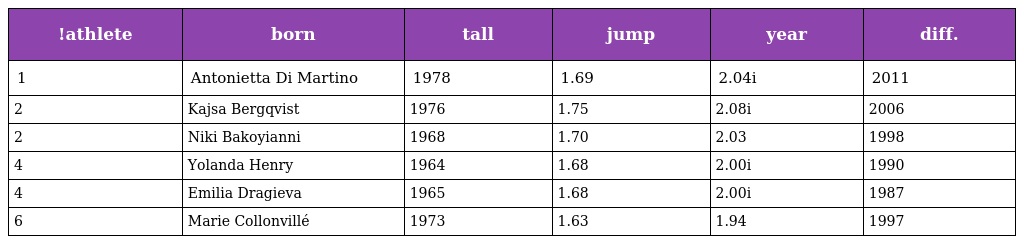
| !athlete | born | tall | jump | year | diff. |
 | --- | --- | --- | --- | --- | --- |
 | 1 | Antonietta Di Martino | 1978 | 1.69 | 2.04i | 2011 |
 | 2 | Kajsa Bergqvist | 1976 | 1.75 | 2.08i | 2006 |
 | 2 | Niki Bakoyianni | 1968 | 1.70 | 2.03 | 1998 |
 | 4 | Yolanda Henry | 1964 | 1.68 | 2.00i | 1990 |
 | 4 | Emilia Dragieva | 1965 | 1.68 | 2.00i | 1987 |
 | 6 | Marie Collonvillé | 1973 | 1.63 | 1.94 | 1997 |